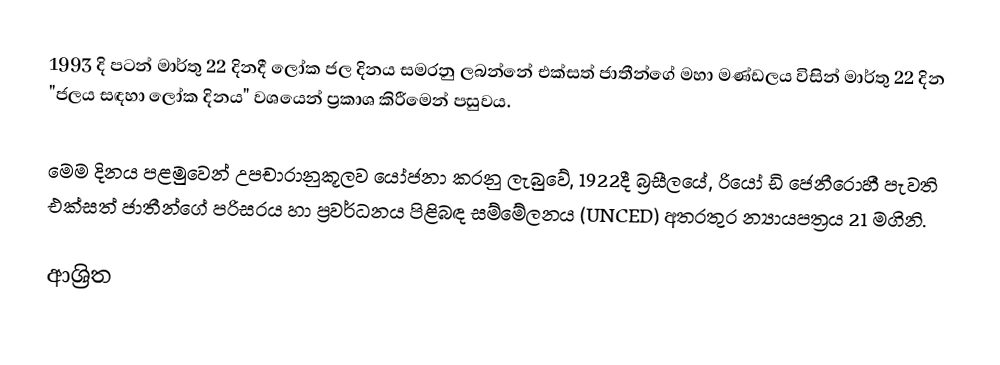
1993 දි පටන්  මාර්තු 22  දිනදී  ලෝක ජල දිනය සමරනු ලබන්නේ  එක්සත් ජාතීන්ගේ මහා මණ්ඩලය විසින් මාර්තු 22 දින "ජලය සඳහා ලෝක දිනය" වශයෙන් ප්‍රකාශ කිරීමෙන් පසුවය.

මෙම දිනය පළමුවෙන් උපචාරානුකූලව යෝජනා කරනු ලැබුවේ, 1922දී බ්‍රසීලයේ, රියෝ ඩි ජෙනීරොහී පැවති එක්සත් ජාතීන්ගේ පරිසරය හා ප්‍රවර්ධනය පිළිබඳ සම්මේලනය (UNCED) අතරතුර න්‍යායපත්‍රය 21  මගිනි.

ආශ්‍රිත